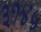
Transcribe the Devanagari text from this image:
३१४५